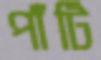
পাঁটি